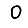
Digit: 0